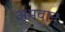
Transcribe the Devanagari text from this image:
अमवान्